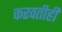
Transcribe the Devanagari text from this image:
करवतीही